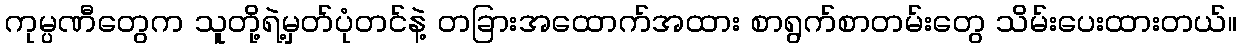
ကုမ္ပဏီတွေက သူတို့ရဲ့မှတ်ပုံတင်နဲ့ တခြားအထောက်အထား စာရွက်စာတမ်းတွေ သိမ်းပေးထားတယ်။